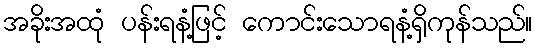
အခိုးအထုံ ပန်းရနံ့ဖြင့် ကောင်းသောရနံ့ရှိကုန်သည်။